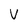
Character: V